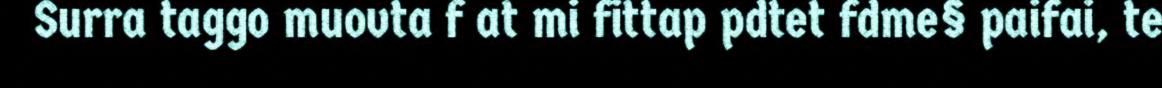
Surra taggo muovta f at mi fittap pdtet fdme§ paifai, te